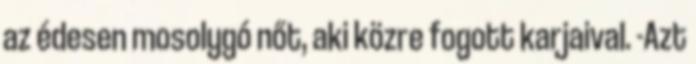
az édesen mosolygó nőt, aki közre fogott karjaival. -Azt